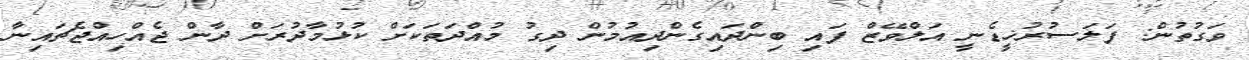
ވަގުތުން: ފަލަސުރުޚީޑެނީ އަލްވޭޒް ފައި ބިންދައިގެންދިއުމުން ދިގު މުއްދަތަކަށް ކުޅުމާދުރަށް ދާން ޖެއްހިއްޖެޗައިނާ